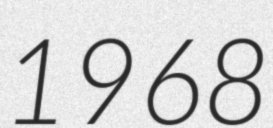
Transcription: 1968